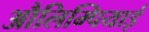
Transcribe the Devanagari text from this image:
औलिम्पियाई